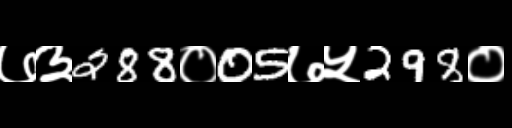
Text: ७३288०05७५298०